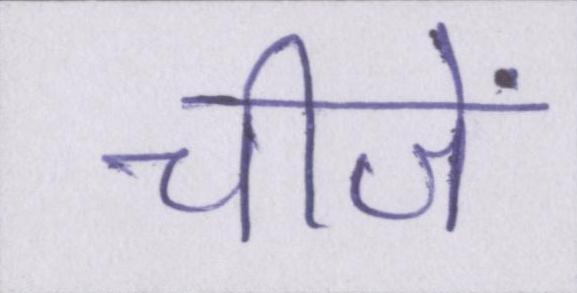
चीजें